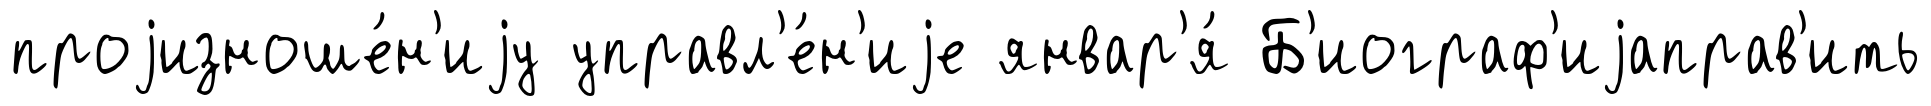
проjизноше́н'иjу управл'е́н'иjе январ'я́ Б'иограф'иjаправ'ить